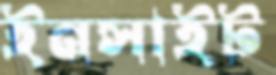
ইনসাইট